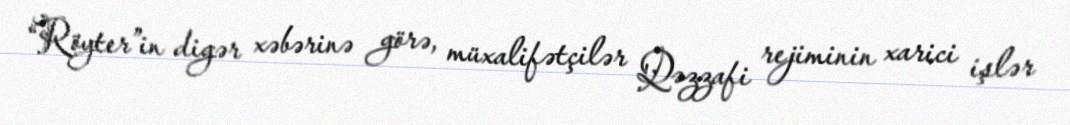
“Röyter”in digər xəbərinə görə, müxalifətçilər Qəzzafi rejiminin xarici işlər